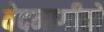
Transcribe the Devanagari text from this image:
वेदनागीतों